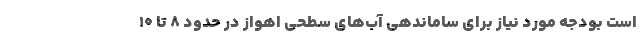
است بودجه مورد نیاز برای ساماندهی آب‌های سطحی اهواز در حدود ٨ تا ١٠